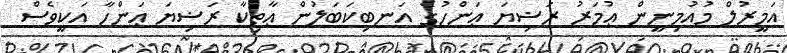
އަމީރުލް މުއުމިނީން ޢުމަރު ރަޟިޔަ ޢަންހުގެ އަނބިކަބަލުން ޢާތިކާ ރަޟިޔަ ޢަންހާ އަކީވެސް